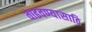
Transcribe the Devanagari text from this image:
वाढवण्यासाठि